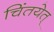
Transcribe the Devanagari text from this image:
चिंतयेत्